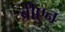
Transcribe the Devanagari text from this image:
ब्रीएन